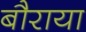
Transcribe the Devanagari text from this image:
बौराया